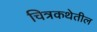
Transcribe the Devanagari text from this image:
चित्रकथेतील